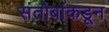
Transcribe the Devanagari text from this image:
संतोबांकडून